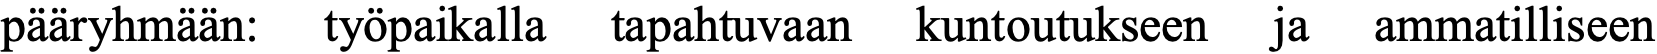
pääryhmään: työpaikalla tapahtuvaan kuntoutukseen ja ammatilliseen